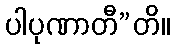
ပါပုဏာတီ”တိ။